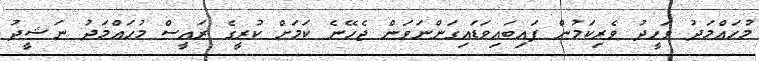
މުހައްމަދު ވަހީދު ވެރިކަމުން ފައިބައިވަޑައިގަންނަވަން ޖެހޭނެ ކަމަށް ކުރީގެ ރައީސް މުހައްމަދު ނަޝީދު